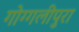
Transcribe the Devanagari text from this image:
गोग्गलीपुरा